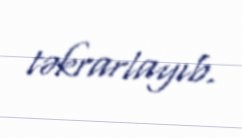
təkrarlayıb.